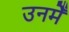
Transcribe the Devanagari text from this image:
उनमेँ